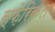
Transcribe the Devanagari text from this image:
स्फ़ेरिकल